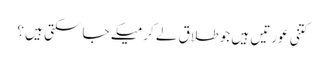
کتنی عورتیں ہیں جو طلاق لے کر میکے جا سکتی ہیں ؟